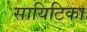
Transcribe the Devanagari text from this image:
सायिटिका